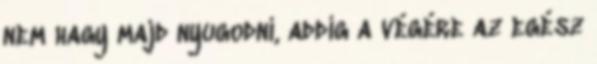
nem hagy majd nyugodni, addig a végére az egész